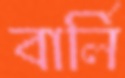
বার্লি